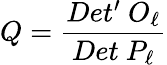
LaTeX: Q={\frac{Det^{\prime}\ O_{\ell}}{Det\ P_{\ell}}}